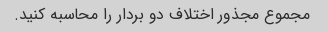
مجموع مجذور اختلاف دو بردار را محاسبه کنید.